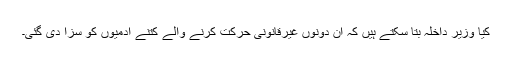
کیا وزیر داخلہ بتا سکتے ہیں کہ ان دونوں غیرقانونی حرکت کرنے والے کتنے آدمیوں کو سزا دی گئی۔